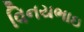
વિનયભાઇ